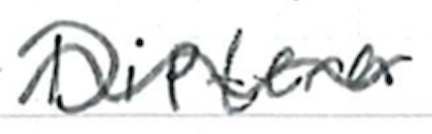
Text: Diptera.
Cross-out: wave
Writing tool: ballpoint